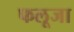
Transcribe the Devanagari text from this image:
फलूजा